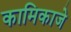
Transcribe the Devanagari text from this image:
कामिकाजे